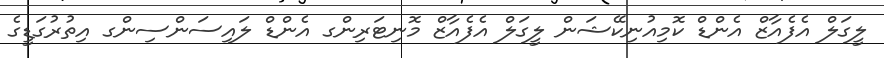
ލީގަލް އެފެއާޒް އެންޑް ކޮމިއުނިކޭޝަން ލީގަލް އެފެއާޒް މޮނިޓަރިންގ އެންޑް ލައިސަންސިންގ އިތުރުގަޑީގެ